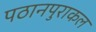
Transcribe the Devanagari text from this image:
पठानपुराकल